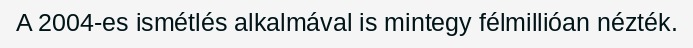
A 2004-es ismétlés alkalmával is mintegy félmillióan nézték.